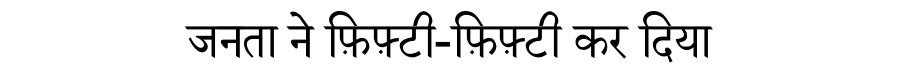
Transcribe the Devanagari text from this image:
जनता ने फ़िफ़्टी-फ़िफ़्टी कर दिया